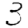
Digit: 3